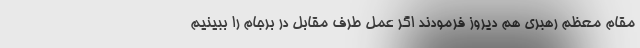
مقام معظم رهبری هم دیروز فرمودند اگر عمل طرف مقابل در برجام را ببینیم